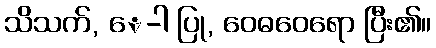
သိသက်, ေ-ါ ပြု, ဝေဓဝေရော ပြီး၏။